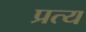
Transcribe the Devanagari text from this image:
प्रत्य